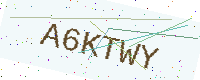
Text: A6KTWY